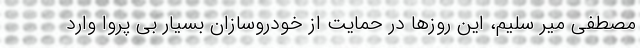
مصطفی میر سلیم، این روزها در حمایت از خودروسازان بسیار بی پروا وارد